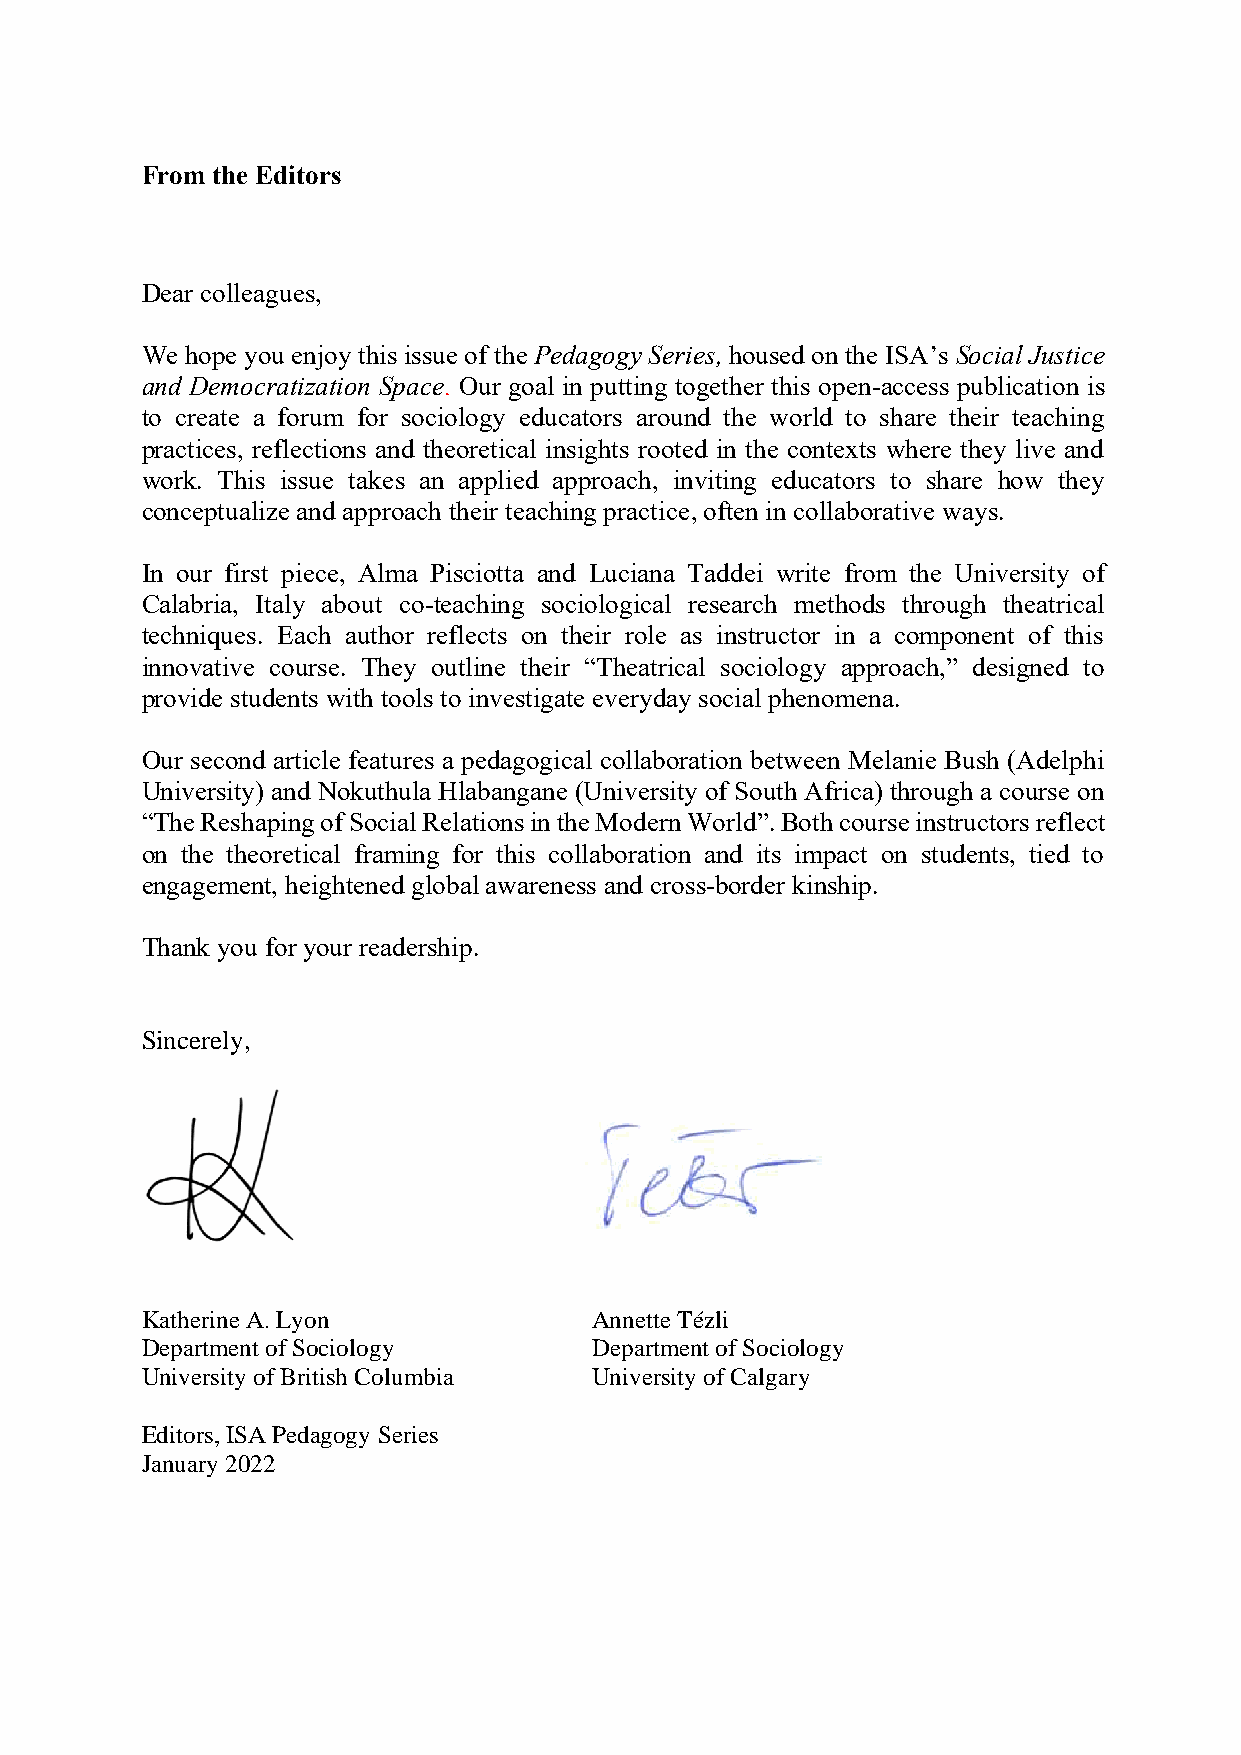
From the Editors
 Dear colleagues,
 We hope you enjoy this issue of the Pedagogy Series, housed on the ISA’s Social Justice
 and Democratization Space. Our goal in putting together this open-access publication is
 to create a forum for sociology educators around the world to share their teaching
 practices, reflections and theoretical insights rooted in the contexts where they live and
 work. This issue takes an applied approach, inviting educators to share how they
 conceptualize and approach their teaching practice, often in collaborative ways.
 In our first piece, Alma Pisciotta and Luciana Taddei write from the University of
 Calabria, Italy about co-teaching sociological research methods through theatrical
 techniques. Each author reflects on their role as instructor in a component of this
 innovative course. They outline their “Theatrical sociology approach,” designed to
 provide students with tools to investigate everyday social phenomena.
 Our second article features a pedagogical collaboration between Melanie Bush (Adelphi
 University) and Nokuthula Hlabangane (University of South Africa) through a course on
 “The Reshaping of Social Relations in the Modern World”. Both course instructors reflect
 on the theoretical framing for this collaboration and its impact on students, tied to
 engagement, heightened global awareness and cross-border kinship.
 Thank you for your readership.
 Sincerely,
 Katherine A. Lyon             Annette Tézli
 Department of Sociology       Department of Sociology
 University of British Columbia University of Calgary
 Editors, ISA Pedagogy Series
 January 2022